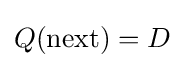
Q({\text{next}})=D